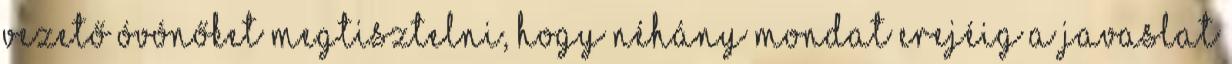
vezető óvónőket megtisztelni, hogy néhány mondat erejéig a javaslat